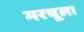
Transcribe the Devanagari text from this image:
मरचूला